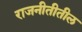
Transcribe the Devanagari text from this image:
राजनीतीतील